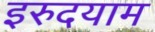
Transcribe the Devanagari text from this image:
इरुदयाम